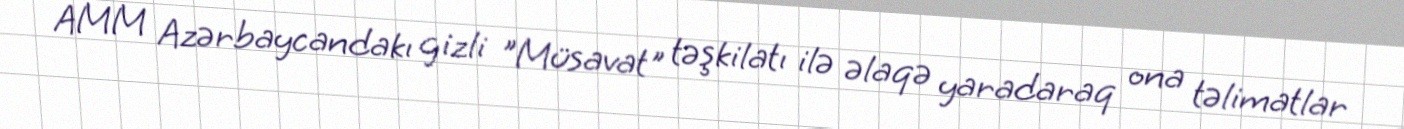
AMM Azərbaycandakı gizli "Müsavat" təşkilatı ilə əlaqə yaradaraq ona təlimatlar